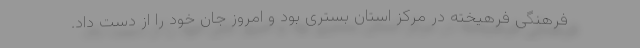
فرهنگی فرهیخته در مرکز استان بستری بود و امروز جان خود را از دست داد.